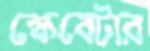
স্কেবেটার